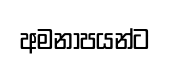
අමනාපයන්ට